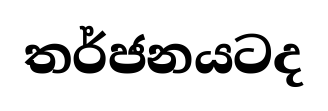
තර්ජනයටද